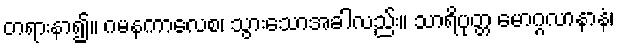
တရားနာ၍။ ဂမနကာလေစ၊ သွားသောအခါလည်း။ သာရိပုတ္တ မောဂ္ဂလာနာနံ၊